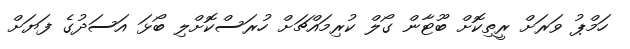
ހަމްޕު ވަރަށް ރީތިކޮށް ބޫޓާން ގޯލް ކުރިމައްޗަށް ހުރަސްކޮށްލި ބޯޅަ އަސަދުގެ ފަޔަށް